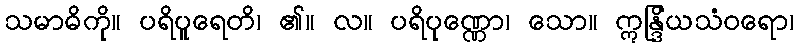
သမာဓိကို။ ပရိပူရေတိ၊ ၏။ လ။ ပရိပုဏ္ဏော၊ သော။ ဣန္ဒြိယသံဝရော၊